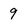
Character: 9